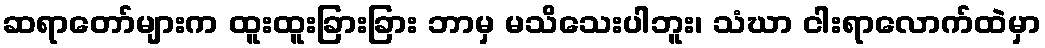
ဆရာတော်များက ထူးထူးခြားခြား ဘာမှ မသိသေးပါဘူး၊ သံဃာ ငါးရာလောက်ထဲမှာ